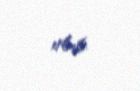
olub.